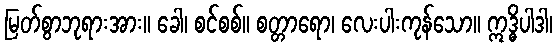
မြတ်စွာဘုရားအား။ ခေါ၊ စင်စစ်။ စတ္တာရော၊ လေးပါးကုန်သော။ ဣဒ္ဓိပါဒါ၊